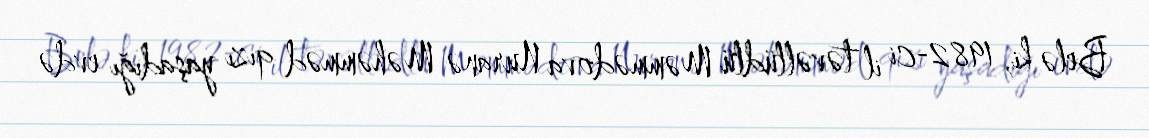
Belə ki, 1982-ci il təvəllüdlü Məmmədova Nuranə Məhəmməd qızı yaşadığı evdə